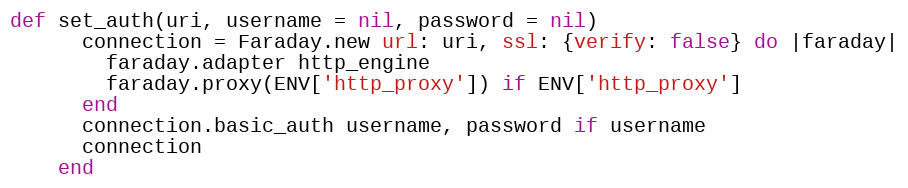
Language: Ruby
def set_auth(uri, username = nil, password = nil)
      connection = Faraday.new url: uri, ssl: {verify: false} do |faraday|
        faraday.adapter http_engine
        faraday.proxy(ENV['http_proxy']) if ENV['http_proxy']
      end
      connection.basic_auth username, password if username
      connection
    end